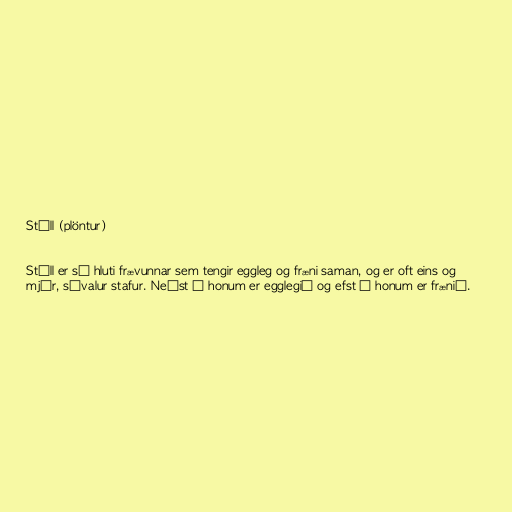
Stíll (plöntur)

Stíll er sá hluti frævunnar sem tengir eggleg og fræni saman, og er oft eins og
mjór, sívalur stafur. Neðst á honum er egglegið og efst á honum er frænið.